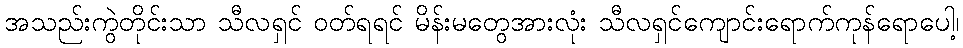
အသည်းကွဲတိုင်းသာ သီလရှင် ဝတ်ရရင် မိန်းမတွေအားလုံး သီလရှင်ကျောင်းရောက်ကုန်ရောပေါ့၊